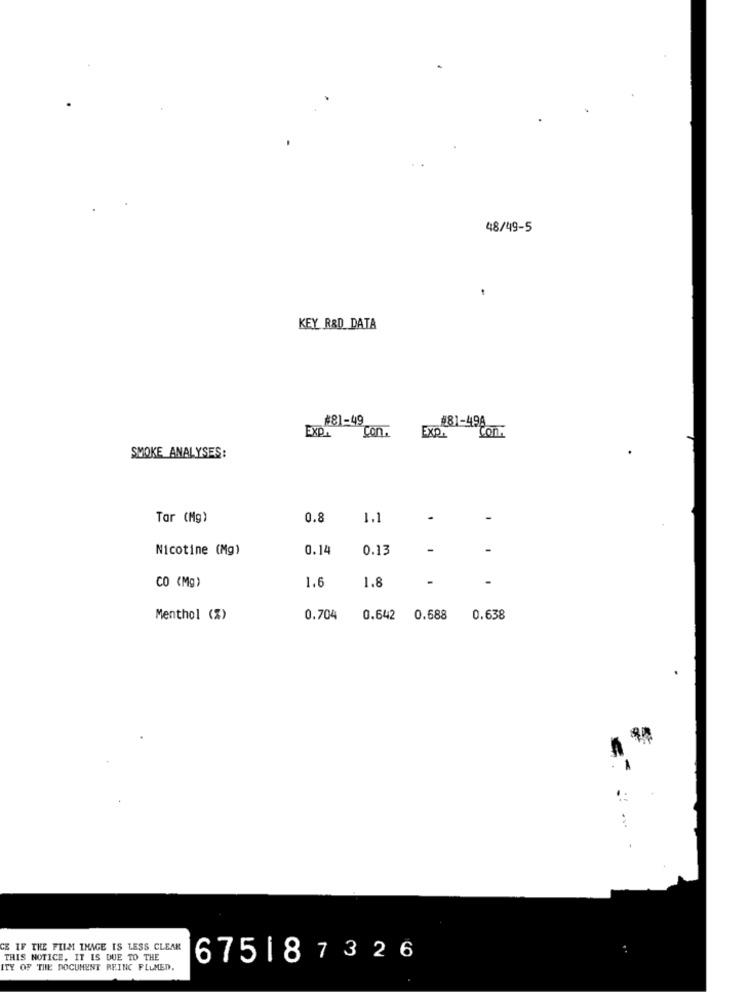
48/49-5
KEY R&D_ DATA
#81-49
#81-498
Con.
EXP.
EXP.
Con.
SMOKE ANALYSES:
Tar (Mg)
0.8
1.1
Nicotine (Mg)
0.14
0.13
1.6
1.8
CO (Mg)
Menthol (%)
0.704
0.642 0.688
0.638
CE IF THE FILM IMAGE IS LESS CLEAR
THIS NOTICE, IT IS DUE TO THE
675187326
ITY OF THE DOCUMENT PRINC PLUMED.